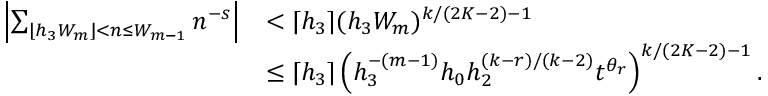
\begin{array} { r l } { \left| \sum _ { \lfloor h _ { 3 } W _ { m } \rfloor < n \le W _ { m - 1 } } n ^ { - s } \right| } & { < \lceil h _ { 3 } \rceil ( h _ { 3 } W _ { m } ) ^ { k / ( 2 K - 2 ) - 1 } } \\ & { \le \lceil h _ { 3 } \rceil \left( h _ { 3 } ^ { - ( m - 1 ) } h _ { 0 } h _ { 2 } ^ { ( k - r ) / ( k - 2 ) } t ^ { \theta _ { r } } \right) ^ { k / ( 2 K - 2 ) - 1 } . } \end{array}